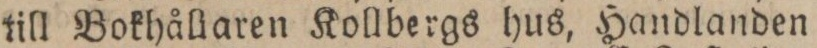
till Bokhållaren Kollbergs hus, Handlanden